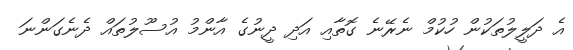
އެ ދަލީލުތަކުން ހުކުމް ނެރޭނެ ގޮތާއި އަދި ދީނުގެ އާންމު އުސޫލުތައް ދެނެގަންނަ